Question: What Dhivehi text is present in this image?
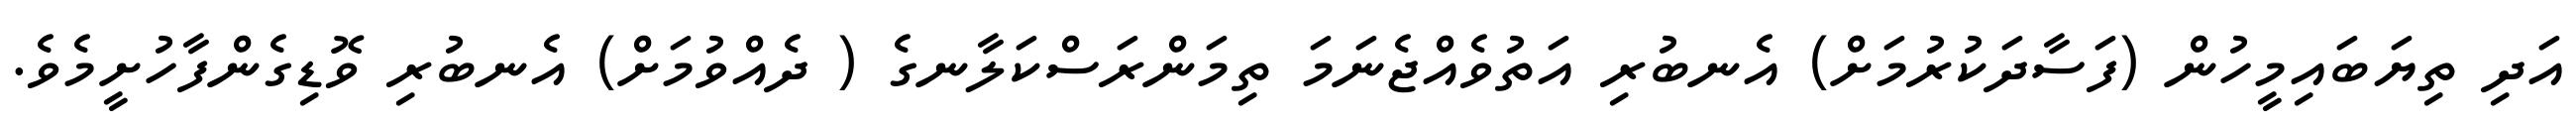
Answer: އަދި ތިޔަބައިމީހުން (ފަސާދަކުރުމަށް) އެނބުރި އަތުވެއްޖެނަމަ ތިމަންރަސްކަލާނގެ ( ދެއްވުމަށް) އެނބުރި ވޮޑިގެންފާހުށީމެވެ.